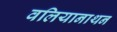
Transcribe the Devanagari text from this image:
वलियानाथन